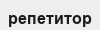
репетитор